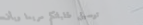
توصيل طلباتكم سريعاً وبأف